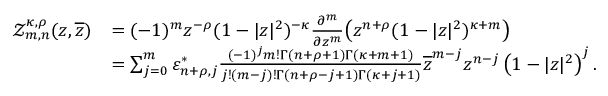
\begin{array} { r l } { \mathcal { Z } _ { m , n } ^ { \kappa , \rho } ( z , \overline { { z } } ) } & { = ( - 1 ) ^ { m } z ^ { - \rho } ( 1 - | z | ^ { 2 } ) ^ { - \kappa } \frac { \partial ^ { m } } { \partial z ^ { m } } \big ( z ^ { n + \rho } ( 1 - | z | ^ { 2 } ) ^ { \kappa + m } \big ) } \\ & { = \sum _ { j = 0 } ^ { m } \varepsilon _ { n + \rho , j } ^ { * } \frac { ( - 1 ) ^ { j } m ! \Gamma ( n + \rho + 1 ) \Gamma ( \kappa + m + 1 ) } { j ! ( m - j ) ! \Gamma ( n + \rho - j + 1 ) \Gamma ( \kappa + j + 1 ) } \overline { { z } } ^ { m - j } z ^ { n - j } \left( 1 - | z | ^ { 2 } \right) ^ { j } . } \end{array}